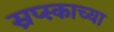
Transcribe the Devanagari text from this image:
स्रप्स्काच्या